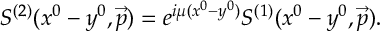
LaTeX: S ^ { ( 2 ) } ( x ^ { 0 } - y ^ { 0 } , \vec { p } ) = e ^ { i \mu ( x ^ { 0 } - y ^ { 0 } ) } S ^ { ( 1 ) } ( x ^ { 0 } - y ^ { 0 } , \vec { p } ) .